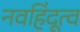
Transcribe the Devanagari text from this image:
नवहिंदूत्व